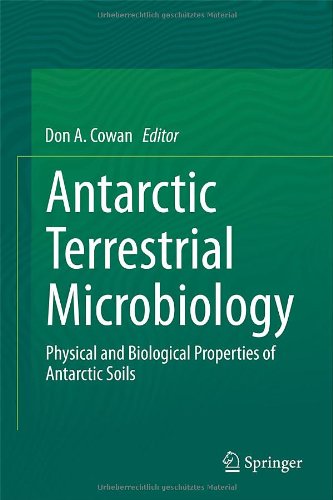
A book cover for Antarctic Terrestrial Microbiology: Physical and Biological Properties of Antarctic Soils; Medical Books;